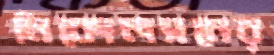
নিকোলসনের